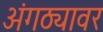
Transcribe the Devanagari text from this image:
अंगठ्यावर